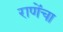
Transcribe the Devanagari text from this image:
राणेंचा